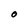
Character: O